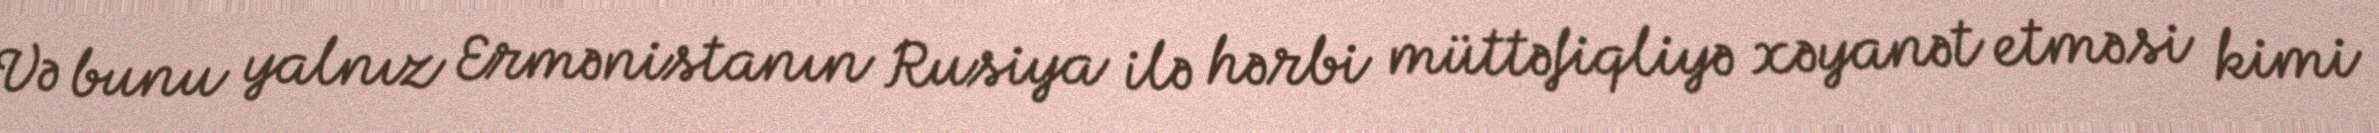
Və bunu yalnız Ermənistanın Rusiya ilə hərbi müttəfiqliyə xəyanət etməsi kimi